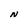
Character: N